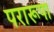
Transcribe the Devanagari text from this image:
परारूपा